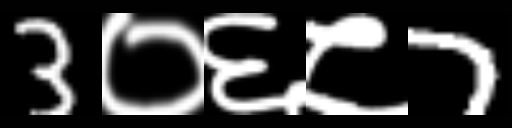
Text: 3०६८7